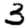
Digit: 3